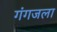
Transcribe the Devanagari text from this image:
गंगजला